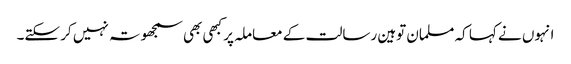
انہوں نے کہا کہ مسلمان توہین رسالت کے معاملہ پر کبھی بھی سمجھوتہ نہیں کر سکتے۔